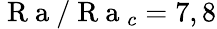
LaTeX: \mathrm{~R~a~}/\mathrm{~R~a~}_{c}=7,8